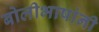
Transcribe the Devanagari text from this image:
बोलीभाषांनी